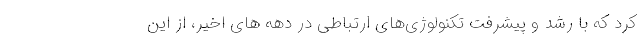
کرد که با رشد و پیشرفت تکنولوژی‌های ارتباطی در دهه های اخیر‌، از این